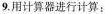
9.用计算器进行计算：